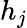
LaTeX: h_{j}